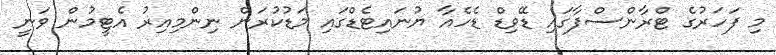
މި ފަހަރުގެ ޓްރާންސްފާގައި ޑޭވިޑް ޑެހެއާ ޔުނައިޓެޑްގައި މަޑުކުރަން ނިންމިއިރު އެޓީމުން ވަނީ